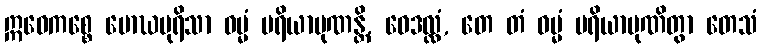
ဣဓေကစ္စေ မောဃပုရိသာ ဓမ္မံ ပရိယာပုဏန္တိ, ဝေဒလ္လံ, တေ တံ ဓမ္မံ ပရိယာပုဏိတွာ တေသံ